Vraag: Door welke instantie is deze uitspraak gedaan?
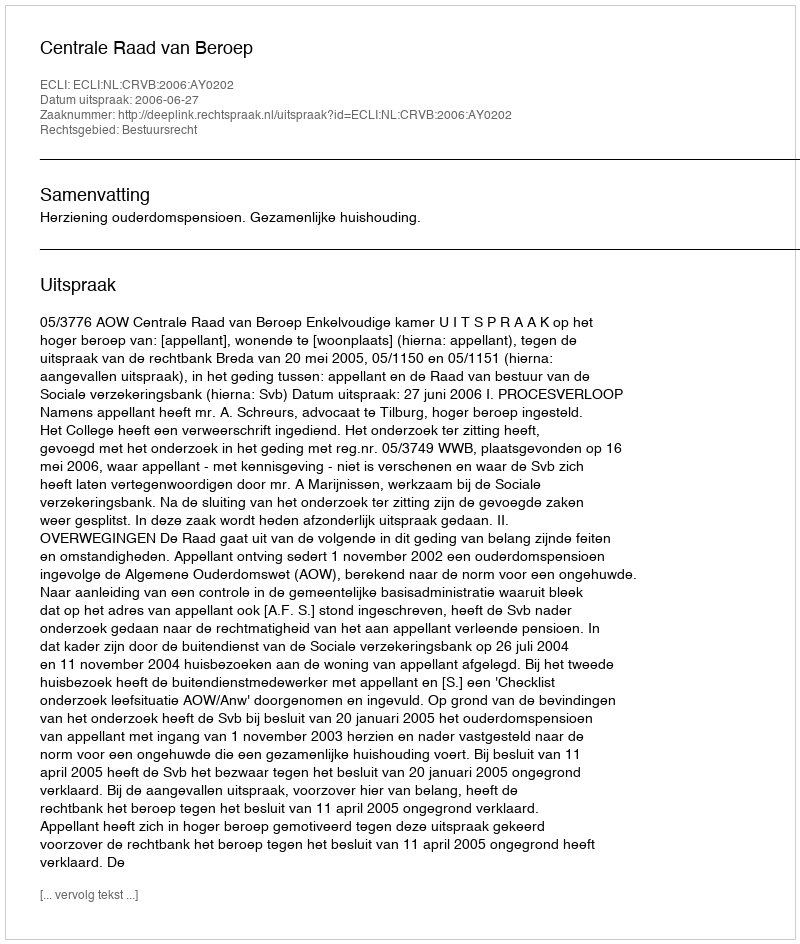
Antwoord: Centrale Raad van Beroep